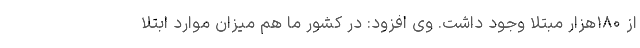
از ۱۸۰هزار مبتلا وجود داشت. وی افزود: در کشور ما هم میزان موارد ابتلا